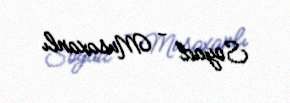
Soyad - Musaxanlı